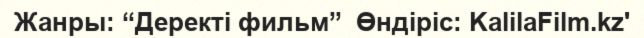
Жанры: “Деректі фильм”  Өндіріс: KalilaFilm.kz'